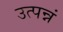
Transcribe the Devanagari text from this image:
उत्पन्नं